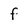
Character: f